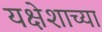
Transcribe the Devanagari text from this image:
यक्षेशाच्या